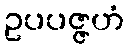
ဥပပဇ္ဇဟံ